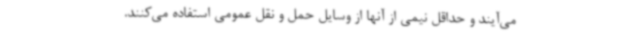
می‌آیند و حداقل نیمی از آنها از وسایل حمل و نقل عمومی استفاده می‌کنند.